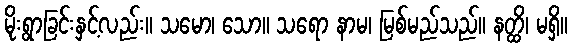
မိုးရွာခြင်းနှင့်လည်း။ သမော၊ သော။ သရော နာမ၊ မြစ်မည်သည်။ နတ္ထိ၊ မရှိ။